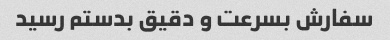
سفارش بسرعت و دقیق بدستم رسید